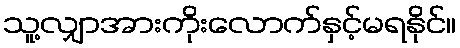
သူ့လျှာအားကိုးလောက်နှင့်မရနိုင်။